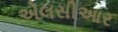
એલસીઆર